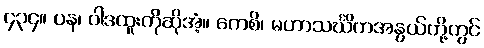
၄၃၄။ ပန၊ ဝါဒထူးကိုဆိုအံ့။ ကေစိ၊ မဟာသင်္ဃိကအနွယ်တို့တွင်